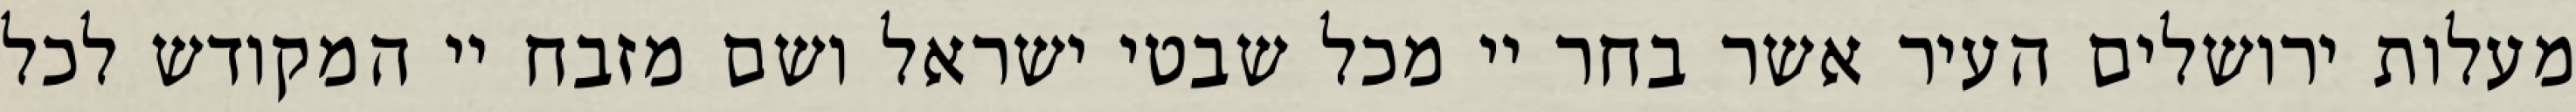
מעלות ירושלים העיר אשר בחר יי מכל שבטי ישראל ושם מזבח יי המקודש לכל